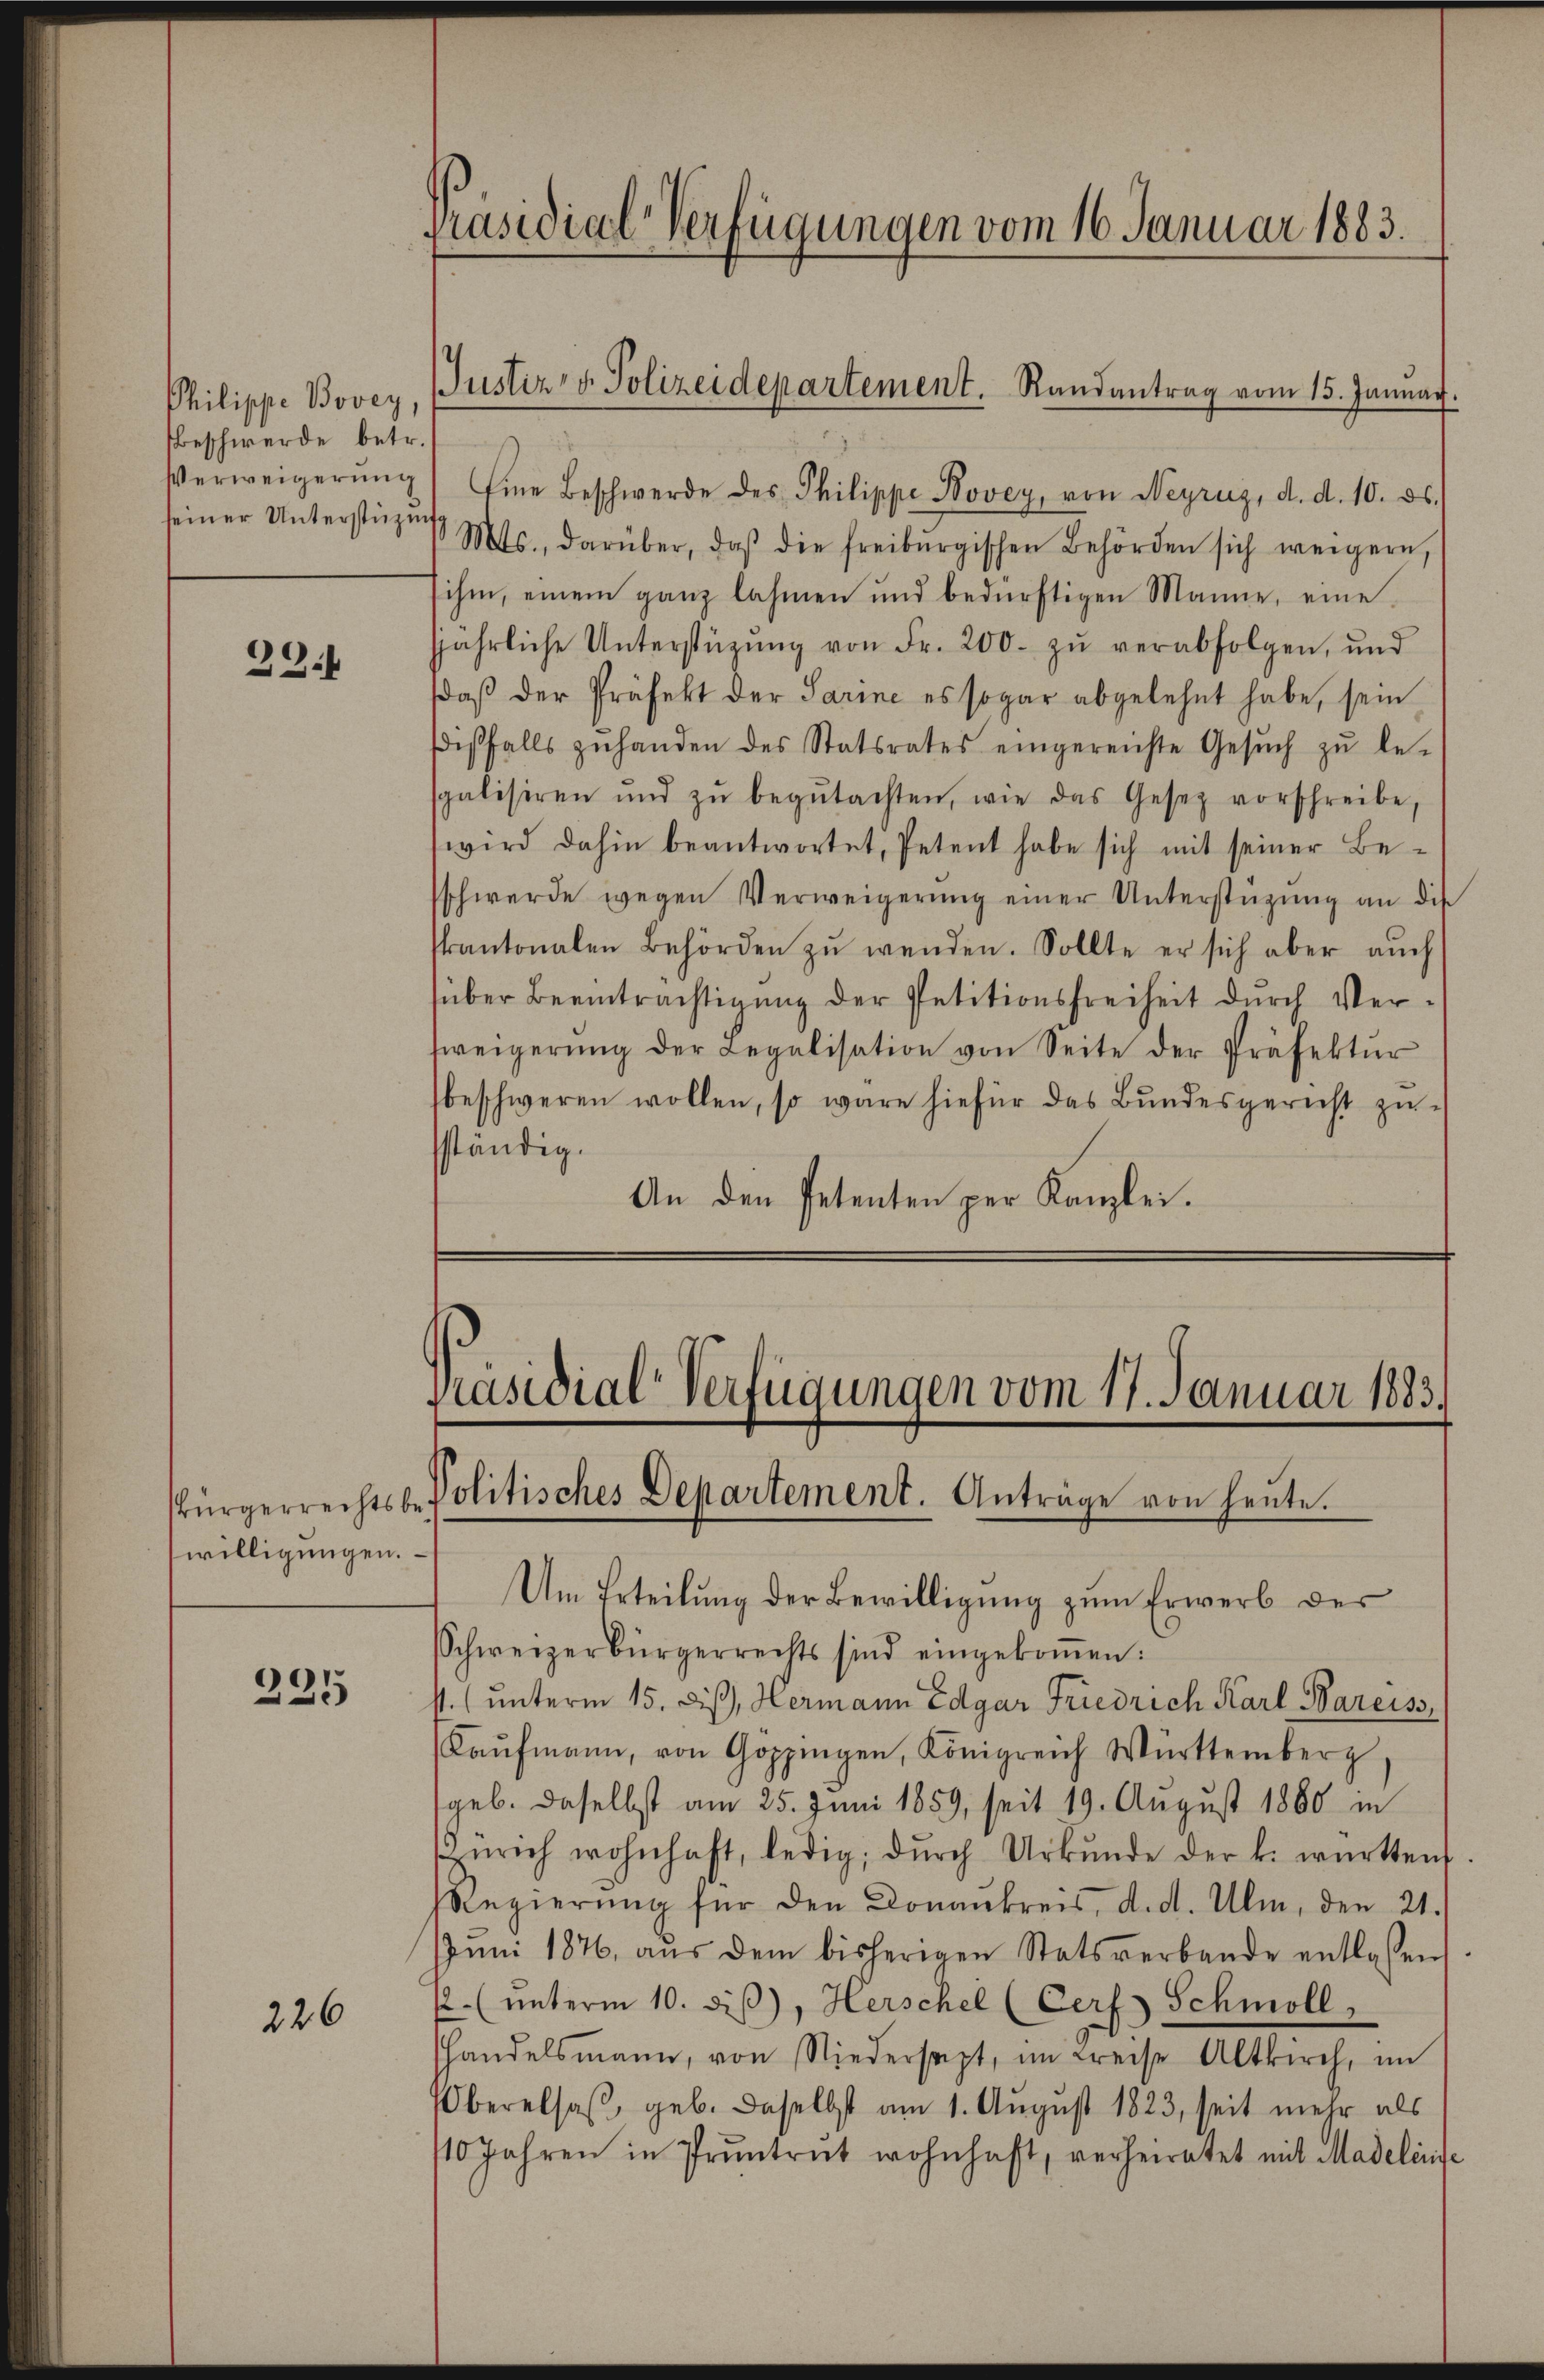
Philippe Bovey,
Beschwerde betr.
seiner Unterstüzung

39.4

willigungen.

225

226

Verweigerŭng Eine Beschwerde des Philippe Novey, von Neyrug, d. d. 10. ds.
Mts., darüber, daβ die freiburgischen Behörden sich weigern,
sihm, einem ganz lahmen und bedürftigen Manne, eine
jjährliche Unterstützŭng von Fr. 200. zŭ verabfolgen, und
daβ der Präfekt der Sarine es sogar abgelehnt habe, sein
iβfalls zŭ handen des Statsrates eingereichte Gesŭch zŭ le-
spalisiren und zŭ begŭtachten, wie das Gesetz vorschreibe,
wird dahin beantwortet, Petent habe sich mit seiner Be-
schwerde wegen Verweigerŭng einer Unterstützŭng an die
kantonalen Behörden zŭ wenden. Sollte er sich aber auch
über Beeinträchtigŭng der Petitionsfreiheit dŭrch Ver-
weigerŭng der Legalisation von Seite der Präfektŭr
beschweren wollen, so wäre hiefür das Bundesgericht zu-
sständig.
An den Petenten per Kanzlei.

Präsidial-Verfügungen vom 16. Januar 1883.

Um Erteilung der Bewilligung zum Erwerb des
Schweizerbürgerrechts sind eingekoṁen.
st. (unterm 15. diβ, Hermann Edgar Friedrich Karl Bareiss,
Kaŭfmann, von Goppingen, Königreich Württemberg
geb. daselbst am 25. Juni 1859, seit 19. August 1860 in
Zürich wohnhaft, ledig; dŭrch Urkŭnde der k. württen.
Regierŭng für den Donankreis, d. d. Ulm, den 21.
Jŭni 1876 aŭs dem bisherigen Statsverbande entlassen
22.(ŭnterm 10. diβ, Herschel (Cerf Schmoll
handelsmann, von Niedersagt, im Kreise Altkirch, im
Überelsaβ geb. daselbst am 1. August 1823, seit mehr als
10 Jahren in Pruntrut wohnhaft, verheiratet mit Madeleise

Justiz- & Polizeidepartement. Randantrag vom 15. Januar.

Präsidial-Verfügungen vom 17. Januar 1883.
sbürgerrechtsbe Politisches Departement. Anträge von heute.